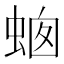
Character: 𧋙